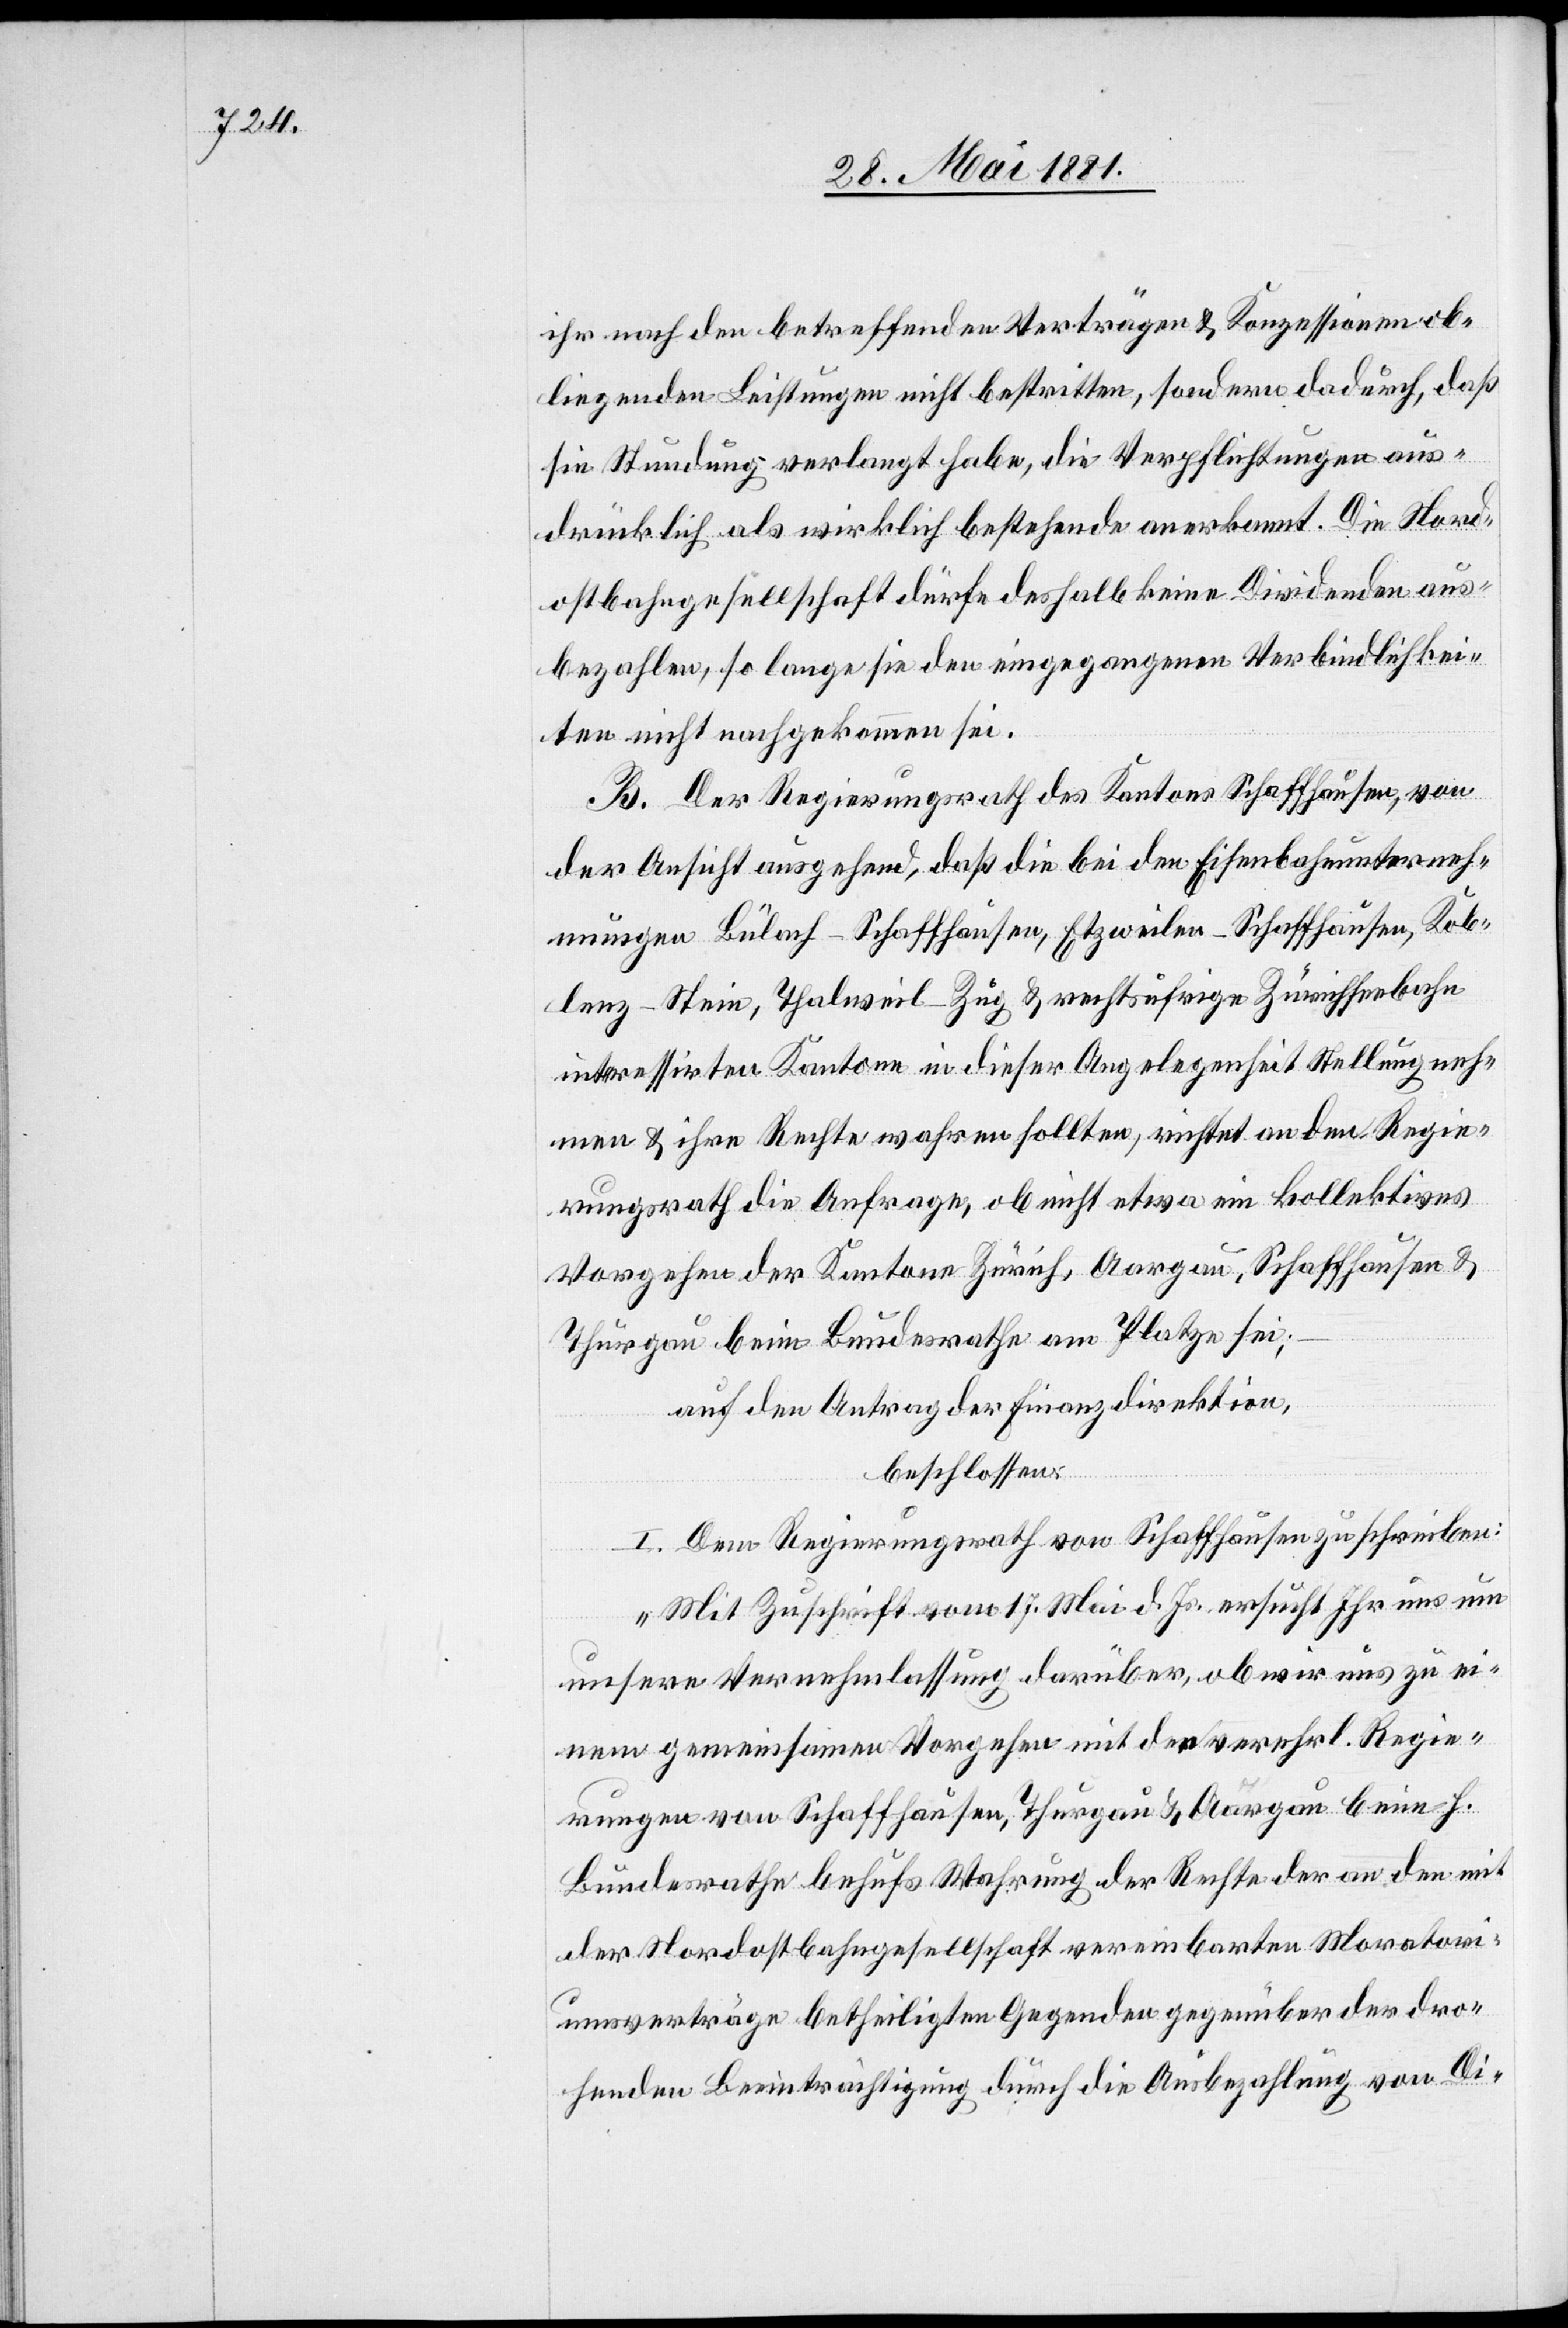
ihr nach den betreffenden Verträgen & Konzessionen ob¬
liegenden Leistungen nicht bestritten, sondern dadurch, daß
sie Stundung verlangt habe, die Verpflichtungen aus¬
drücklich als wirklich bestehende anerkannt. Die Nord¬
ostbahngesellschaft dürfe deshalb keine Dividenden aus¬
bezahlen, so lange sie den eingegangenen Verbindlichkei¬
ten nicht nachgekommen sei.
B. Der Regierungsrath des Kantons Schaffhausen, von
der Ansicht ausgehend, daß die bei den Eisenbahnunterneh¬
mungen Bülach–Schaffhausen, Etzweilen–Schaffhausen, Kob¬
lenz–Stein, Thalweil–Zug & rechtsufrige Zürichseebahn
interessirten Kantone in dieser Angelegenheit Stellung neh¬
men & ihre Rechte wahren sollten, richtet an den Regie¬
rungsrath die Anfrage, ob nicht etwa ein kollektives
Vorgehen der Kantone Zürich, Aargau, Schaffhausen &
Thurgau beim Bundesrath am Platze sei;
auf den Antrag der Finanzdirektion,
beschlossen:
I. Dem Regierungsrath von Schaffhausen zu schreiben:
„Mit Zuschrift vom 17. Mai d. Js. ersucht Ihr uns um
unsere Vernehmlassung darüber, ob wir uns zu ei¬
nem gemeinsamen Vorgehen mit den verehrl. Regie¬
rungen von Schaffhausen, Thurgau & Aargau beim h.
Bundesrathe behufs Wahrung der Rechte der an den mit
der Nordostbahngesellschaft vereinbarten Moratori¬
umsverträge betheiligten Gegenden gegenüber der dro¬
henden Beeinträchtigung durch die Ausbezahlung von Di-